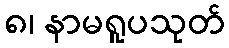
၈၊ နာမရူပသုတ်